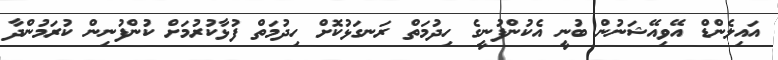
އައިލެންޑް އޭވިއޭޝަނުން ބުނީ އެކުންފުނީގެ ހިދުމަތް ރަނގަޅުކޮށް ހިދުމަތް ފުޅާކުރުމަށް ކުންފުނިން ކުރަމުންދާ